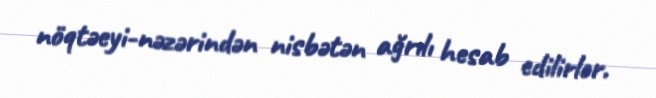
nöqtəeyi-nəzərindən nisbətən ağrılı hesab edilirlər.